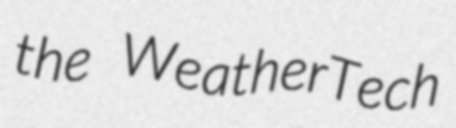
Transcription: the WeatherTech